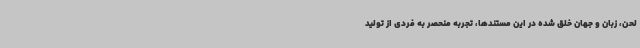
لحن، زبان و جهان خلق شده در این مستندها، تجربه منحصر به فردی از تولید